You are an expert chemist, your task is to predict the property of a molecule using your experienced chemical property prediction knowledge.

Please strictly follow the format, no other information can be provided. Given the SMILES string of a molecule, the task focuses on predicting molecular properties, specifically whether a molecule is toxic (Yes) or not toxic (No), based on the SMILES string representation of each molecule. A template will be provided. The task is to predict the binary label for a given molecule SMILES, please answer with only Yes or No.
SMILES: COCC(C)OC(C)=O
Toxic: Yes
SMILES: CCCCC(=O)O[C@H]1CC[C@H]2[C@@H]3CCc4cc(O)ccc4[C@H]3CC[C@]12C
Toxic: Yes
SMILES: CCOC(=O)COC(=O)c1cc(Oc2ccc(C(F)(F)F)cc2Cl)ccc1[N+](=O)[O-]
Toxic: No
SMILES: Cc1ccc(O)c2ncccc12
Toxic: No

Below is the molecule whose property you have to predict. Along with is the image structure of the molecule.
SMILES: O=C(CCCN1CCC2(CC1)C(=O)NCN2c1ccccc1)c1ccc(F)cc1
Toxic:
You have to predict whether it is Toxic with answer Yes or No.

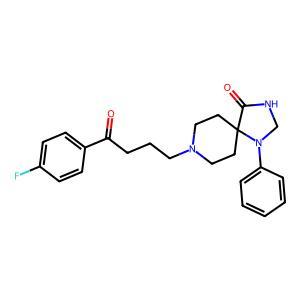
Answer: No